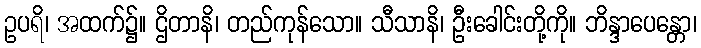
ဥပရိ၊ အထက်၌။ ဌိတာနိ၊ တည်ကုန်သော။ သီသာနိ၊ ဦးခေါင်းတို့ကို။ ဘိန္ဒာပေန္တော၊